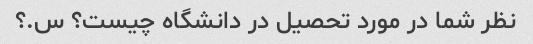
نظر شما در مورد تحصیل در دانشگاه چیست؟ س.؟